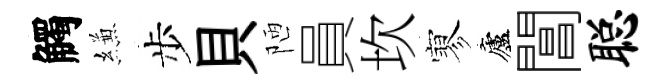
觸縑步貝陋員坎寥廬閶聪